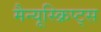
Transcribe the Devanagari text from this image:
मैन्यूस्क्रिप्ट्स